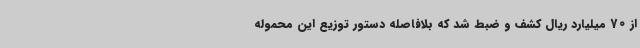
از 70 میلیارد ریال کشف و ضبط شد که بلافاصله دستور توزیع این محموله